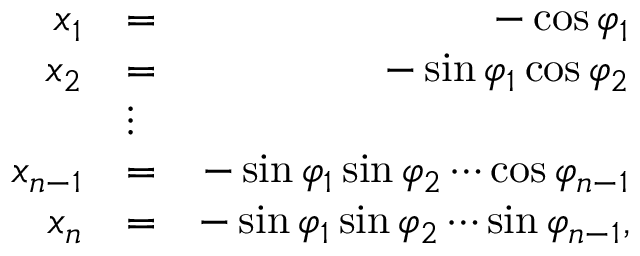
\begin{array} { r l r } { x _ { 1 } } & { = } & { - \cos \varphi _ { 1 } } \\ { x _ { 2 } } & { = } & { - \sin \varphi _ { 1 } \cos \varphi _ { 2 } } \\ & { \vdots } & \\ { x _ { n - 1 } } & { = } & { - \sin \varphi _ { 1 } \sin \varphi _ { 2 } \cdots \cos \varphi _ { n - 1 } } \\ { x _ { n } } & { = } & { - \sin \varphi _ { 1 } \sin \varphi _ { 2 } \cdots \sin \varphi _ { n - 1 } , } \end{array}